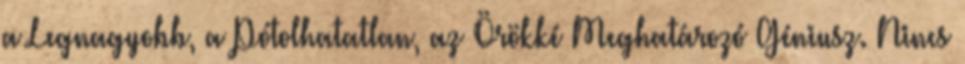
a Legnagyobb, a Pótolhatatlan, az Örökké Meghatározó Géniusz. Nincs